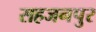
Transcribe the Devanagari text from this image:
सहजनपुर